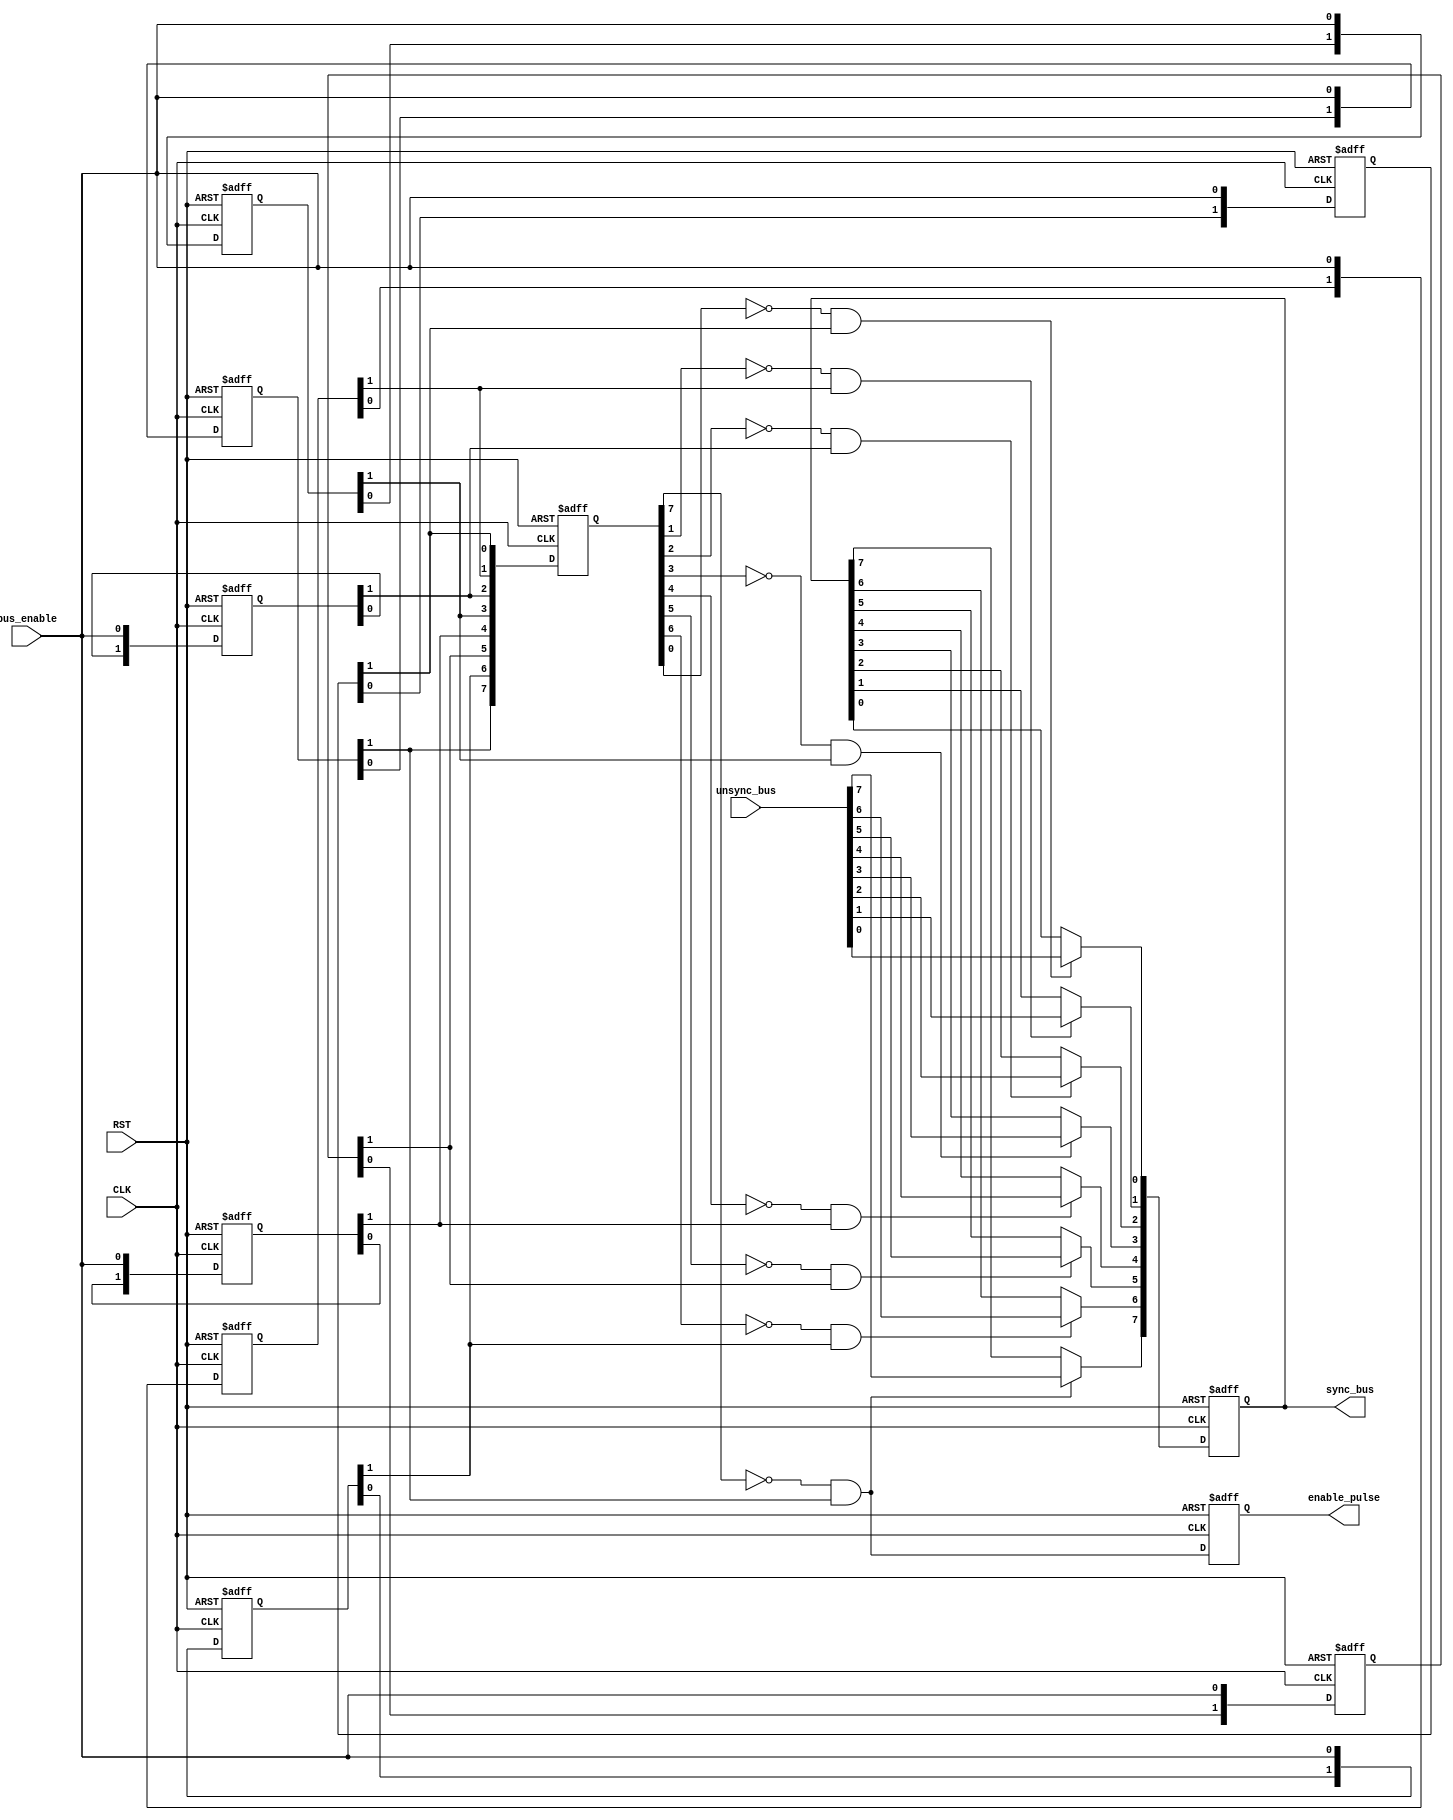
module DATA_SYNC #(parameter NUM_STAGES = 2 , BUS_WIDTH = 8) (
  input wire [BUS_WIDTH-1:0] unsync_bus,
  input wire bus_enable,
  input wire CLK,
  input wire RST,
  output reg [BUS_WIDTH-1:0] sync_bus,
  output reg enable_pulse
  );
  
  reg [NUM_STAGES-1:0] memory [BUS_WIDTH-1:0];
  reg [BUS_WIDTH-1:0] sync_1;
  integer i ;
  integer j;
  
  always@(posedge CLK or negedge RST)
  begin
    if(!RST)
      begin
        for(i=0;i<BUS_WIDTH;i=i+1)
        begin
          memory[i]<=0;
          enable_pulse <= 0;
          sync_1 <= 0;
          sync_bus <= 0;
        end
      end
    else 
      begin
        for(j=0;j<BUS_WIDTH;j=j+1)
        begin
          for(i=0;i<NUM_STAGES;i=i+1)
          begin
            memory[j][0] <= bus_enable;
            memory[j][i+1] <= memory[j][i];
          end
          sync_1[j] <= memory[j][NUM_STAGES-1] ;
          enable_pulse <= (!(sync_1[j]) && (memory[j][NUM_STAGES-1]));
          if((!(sync_1[j]) && (memory[j][NUM_STAGES-1]))) sync_bus[j] <= unsync_bus[j];
        end
      end
  end
    
  
endmodule